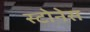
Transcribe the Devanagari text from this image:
स्टोनेस